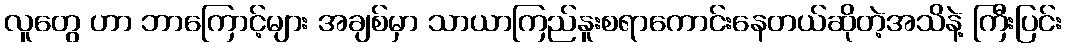
လူတွေ ဟာ ဘာကြောင့်များ အချစ်မှာ သာယာကြည်နူးစရာကောင်းနေတယ်ဆိုတဲ့အသိနဲ့ ကြီးပြင်း